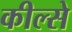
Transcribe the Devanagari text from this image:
कील्से